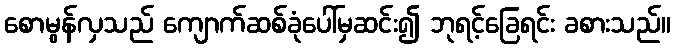
စောမွန်လှသည် ကျောက်ဆစ်ခုံပေါ်မှဆင်း၍ ဘုရင့်ခြေရင်း ခစားသည်။